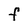
Character: F